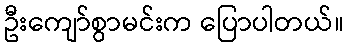
ဦးကျော်စွာမင်းက ပြောပါတယ်။